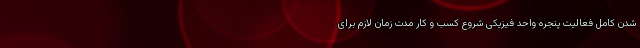
شدن کامل فعالیت پنجره واحد فیزیکی شروع کسب و کار مدت زمان لازم برای